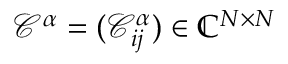
\mathcal { C } ^ { \alpha } = ( \mathcal { C } _ { i j } ^ { \alpha } ) \in \mathbb { C } ^ { N \times N }